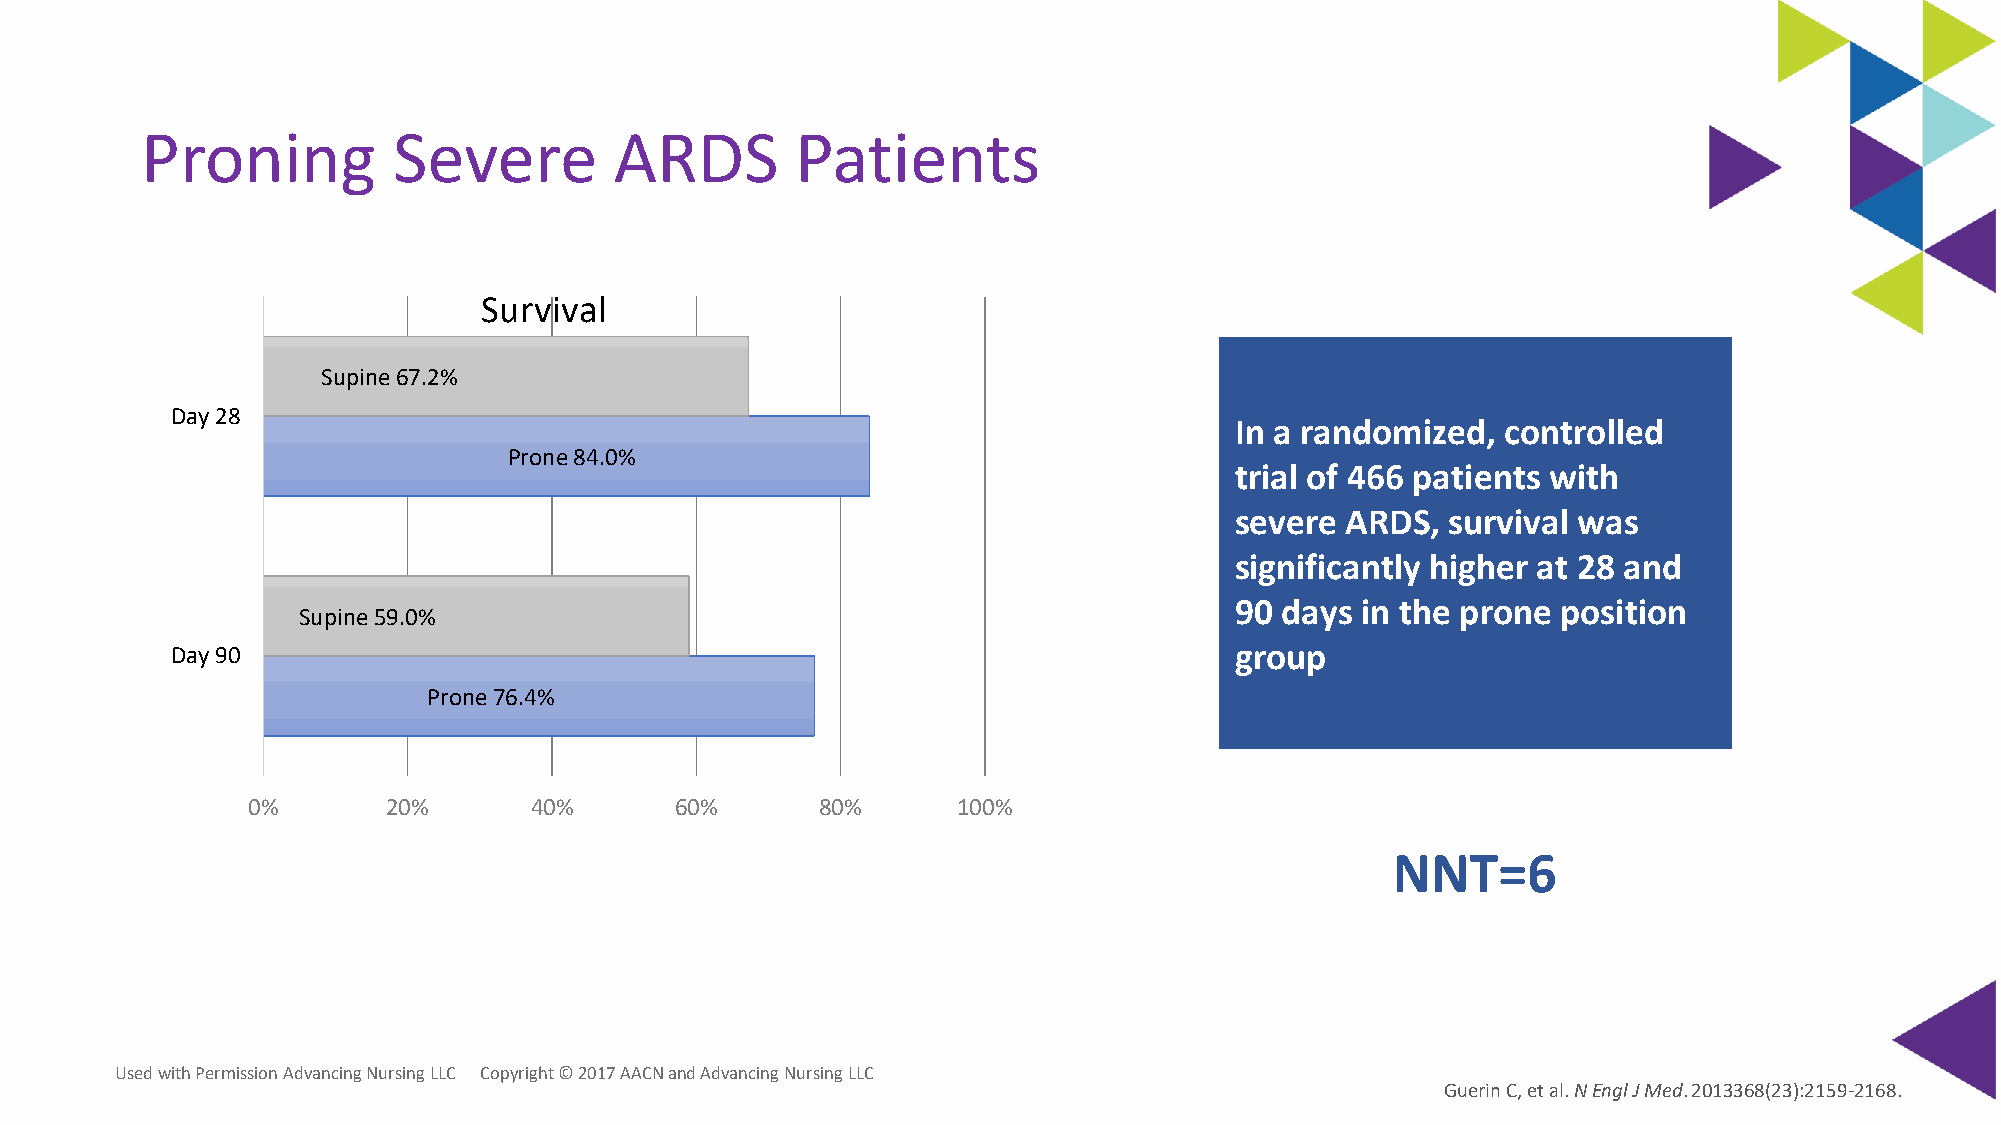
Proning          Severe         ARDS        Patients
 Survival
 Supine67.2%
 Day 28
 In a randomized,  controlled
 Prone84.0%
 trial of 466 patients with
 severe ARDS,  survival was
 significantly higher at 28 and
 90 days in the prone position
 Supine59.0%
 Day 90                                                                 group
 Prone76.4%
 0%        20%      40%       60%      80%      100%
 NNT=6
 Used with Permission Advancing Nursing LLC Copyright © 2017 AACN and Advancing Nursing LLC
 Guerin C, et al. N EnglJ Med. 2013368(23):2159-2168.